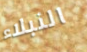
النبلاء